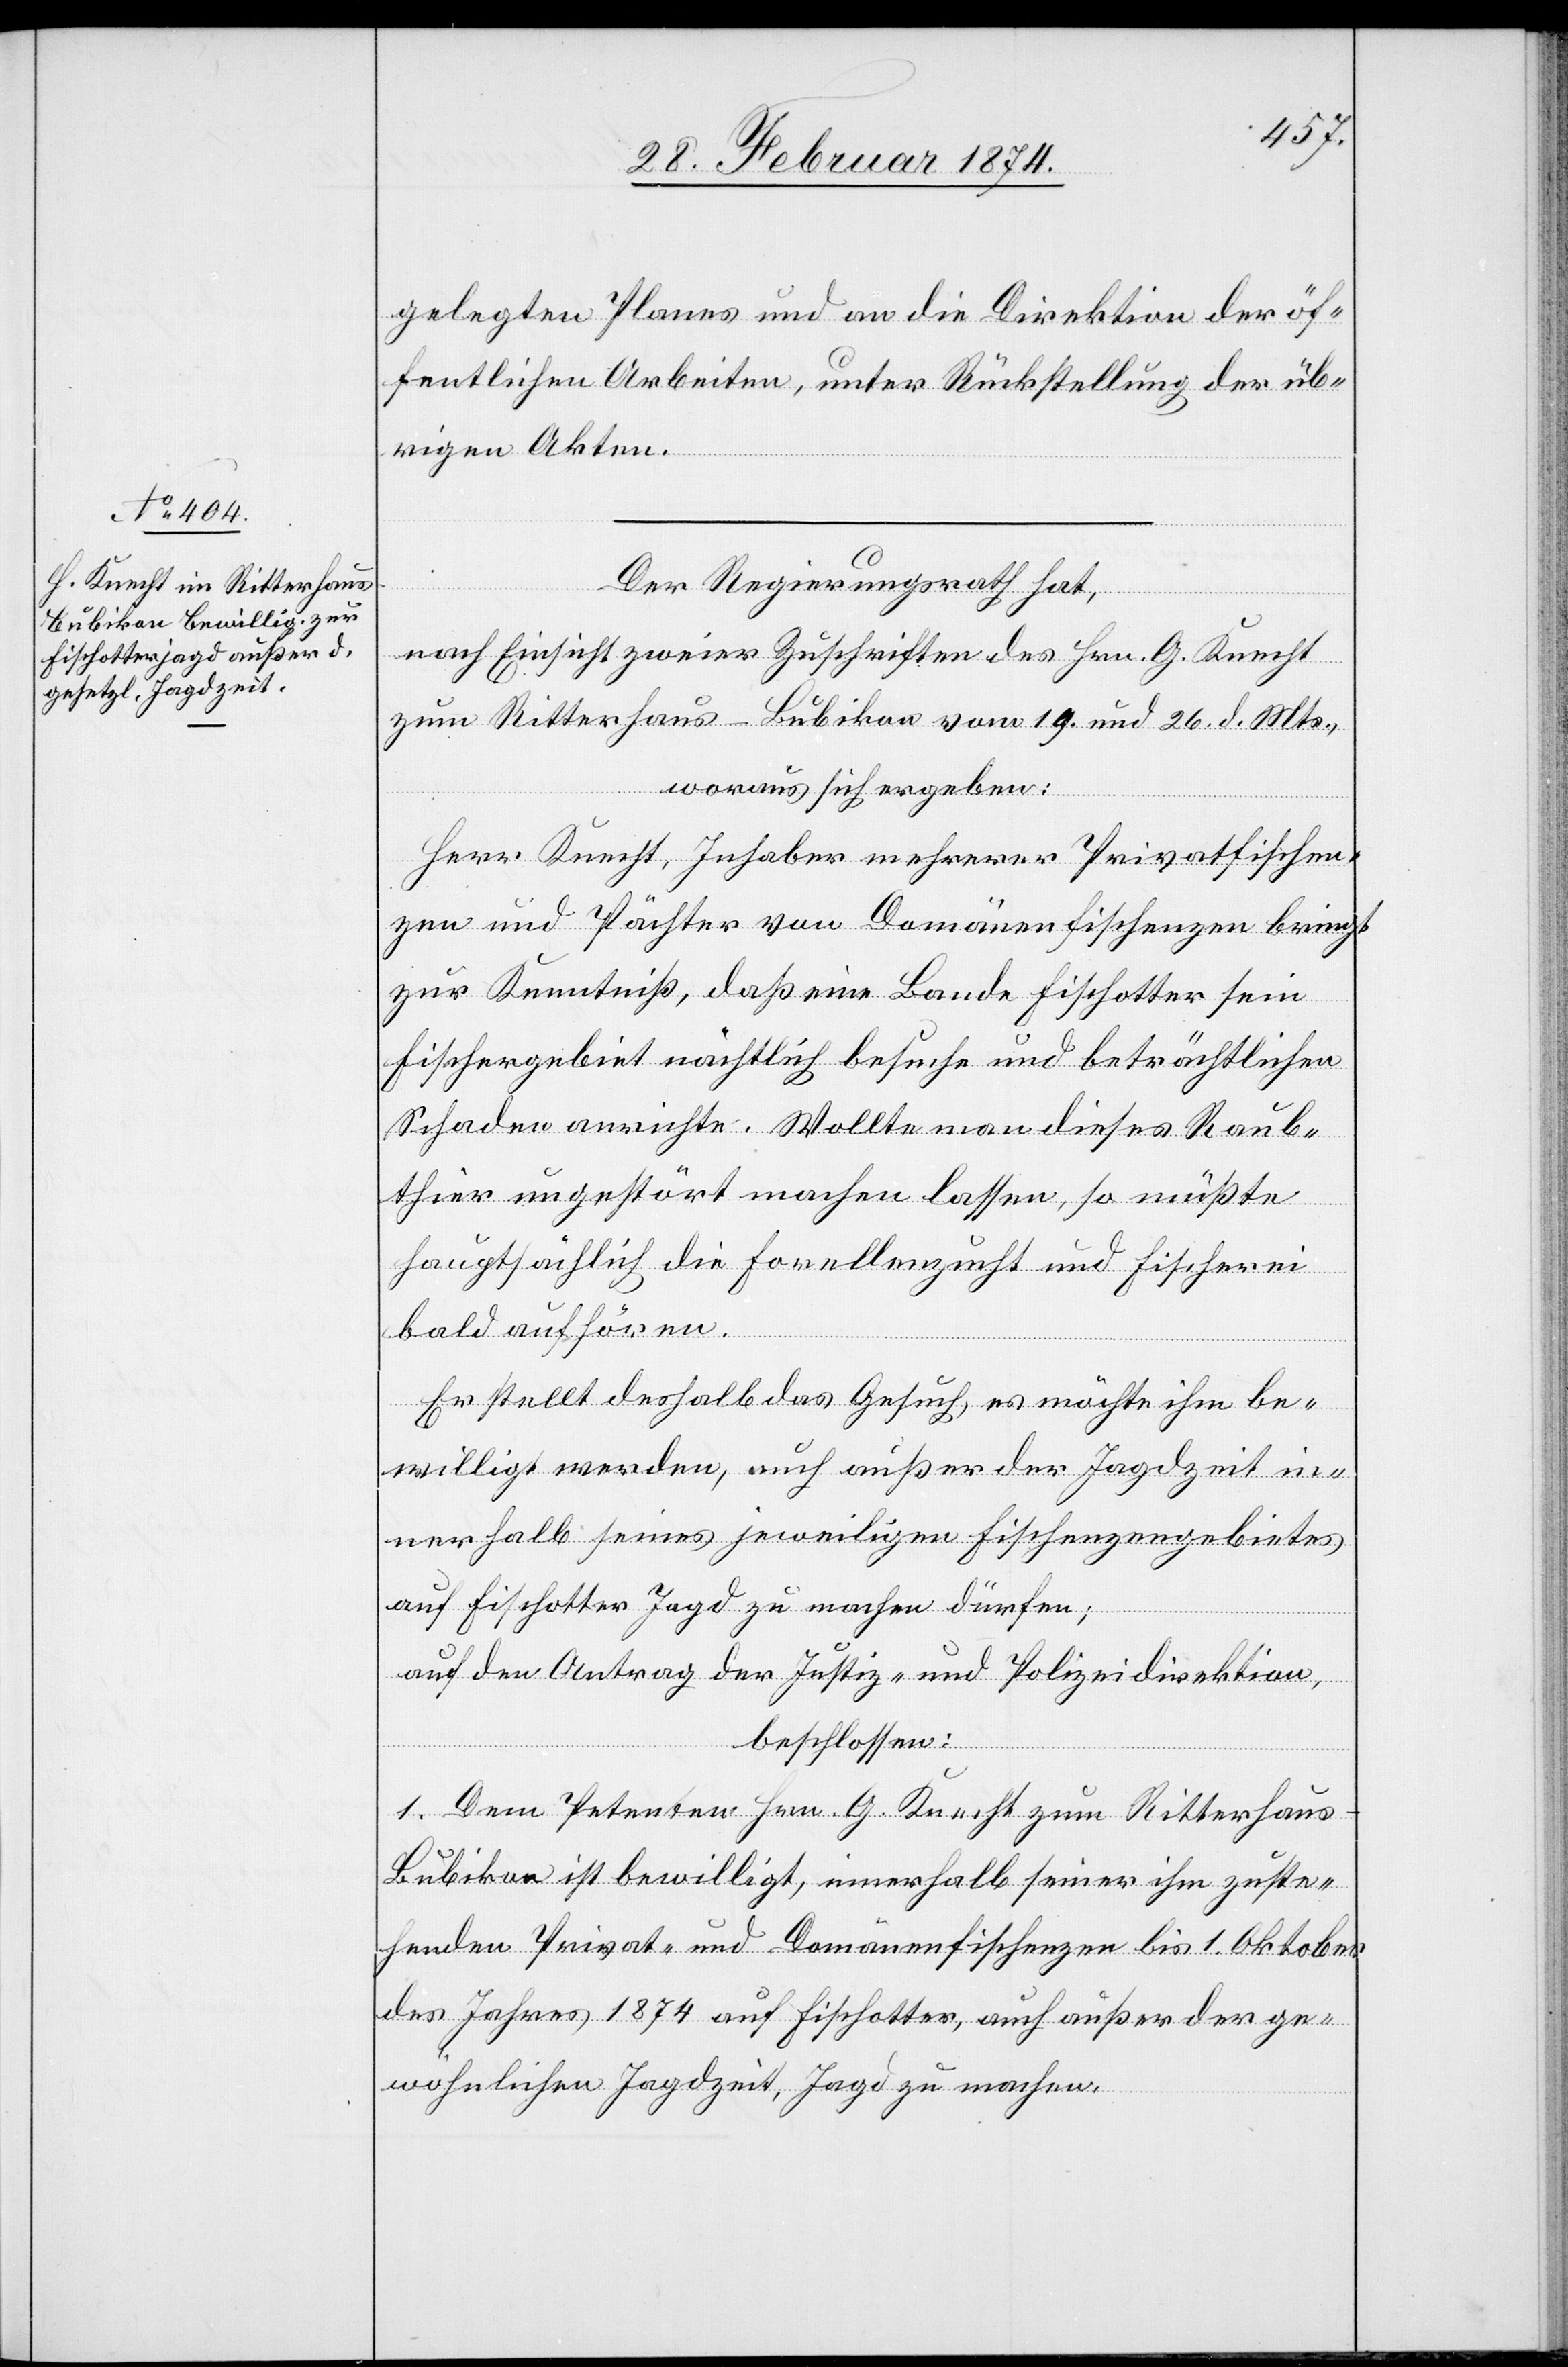
gelegten Planes und an die Direktion der öf¬
fentlichen Arbeiten, unter Rückstellung der üb¬
rigen Akten.
Der Regierungsrath hat,
nach Einsicht zweier Zuschriften des Hrn. G. Knecht
zum Ritterhaus-Bubikon vom 19. und 26. d. Mts.,
woraus sich ergeben:
Herr Knecht, Inhaber mehrerer Privatfischen¬
zen und Pächter von Domänenfischenzen bringt
zur Kenntniß, daß eine Bande Fischotter sein
Fischergebiet nächtlich besuche und beträchtlichen
Schaden anrichte. Wollte man dieses Raub¬
thier ungestört machen lassen, so müßten
hauptsächlich die Forellenzucht und Fischerei
bald aufhören.
Er stellt deshalb das Gesuch, es möchte ihm be¬
willigt werden, auch außer der Jagdzeit in¬
nerhalb seines jeweiligen Fischenzengebietes
auf Fischotter Jagd zu machen dürfen;
auf den Antrag der Justiz- und Polizeidirektion,
beschlossen:
1. Dem Petenten Hrn. G. Knecht zum Ritterhaus-B¬
ubikon ist bewilligt, innerhalb seiner ihm zuste¬
henden Privat- und Domänenfischenzen bis 1. Oktober
des Jahres 1874 auf Fischotter, auch außer der ge¬
wöhnlichen Jagdzeit, Jagd zu machen.